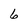
Character: 6